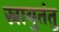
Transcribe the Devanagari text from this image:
स्नायुतंतु